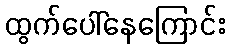
ထွက်ပေါ်နေကြောင်း